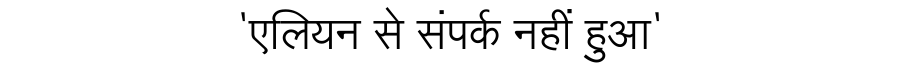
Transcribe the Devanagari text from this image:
'एलियन से संपर्क नहीं हुआ'